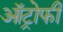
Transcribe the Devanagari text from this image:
ऑट्रोफी